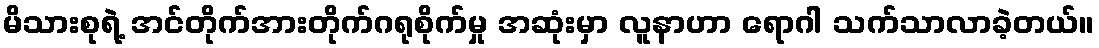
မိသားစုရဲ့ အင်တိုက်အားတိုက်ဂရုစိုက်မှု အဆုံးမှာ လူနာဟာ ရောဂါ သက်သာလာခဲ့တယ်။